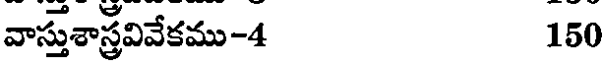
వాస్తుశాస్త్రవివేకము-4 150